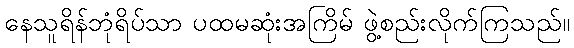
နေသူရိန်ဘုံရိပ်သာ ပထမဆုံးအကြိမ် ဖွဲ့စည်းလိုက်ကြသည်။